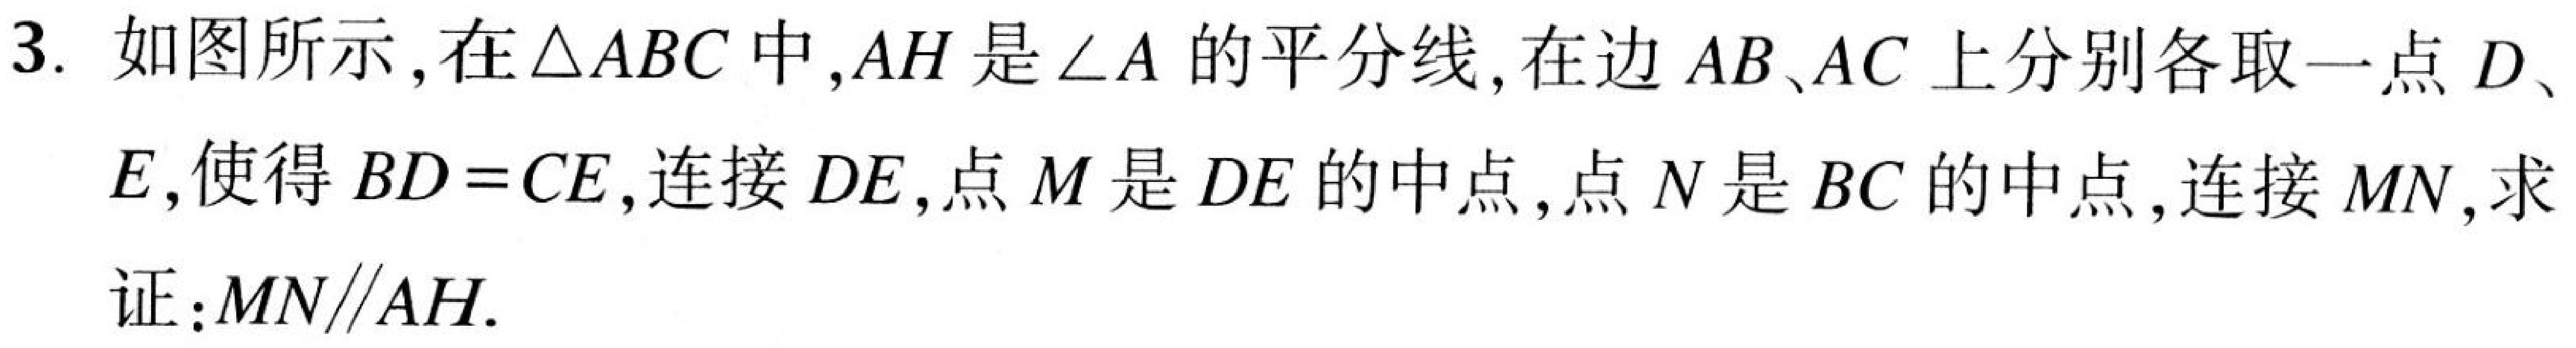
3. 如图所示，在$\triangle ABC$中，$AH$是$\angle A$的平分线，在边$AB$、$AC$上分别各取一点$D$、
$E$，使得$BD = CE$，连接$DE$，点$M$是$DE$的中点，点$N$是$BC$的中点，连接$MN$，求
证：$MN\parallel AH.$